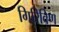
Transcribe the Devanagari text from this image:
गिरिविण